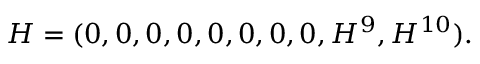
H = ( 0 , 0 , 0 , 0 , 0 , 0 , 0 , 0 , H ^ { 9 } , H ^ { 1 0 } ) .